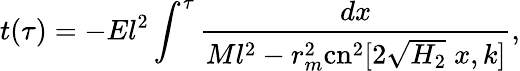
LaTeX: t(\tau)=-El^{2}\int^{\tau}\frac{dx}{Ml^{2}-r_{m}^{2}\mathrm{cn}^{2}[2\sqrt{H_{2}}\; x,k]},